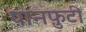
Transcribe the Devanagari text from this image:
पानफ़ुटी